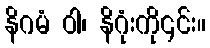
နိဂမံ ဝါ၊ နိဂုံးကို၎င်း။